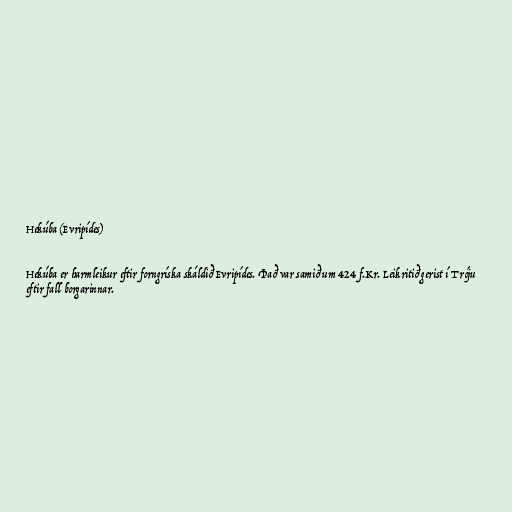
Hekúba (Evripídes)

Hekúba er harmleikur eftir forngríska skáldið Evripídes. Það var samið um 424 f.Kr. Leikritið gerist í Tróju
eftir fall borgarinnar.